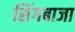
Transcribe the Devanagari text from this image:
सिंगबाजा